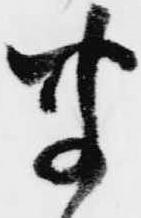
聞